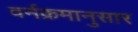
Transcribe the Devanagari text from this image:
वर्नक्रमानुसार